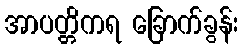
အာပတ္တိကရ ခြောက်ခွန်း